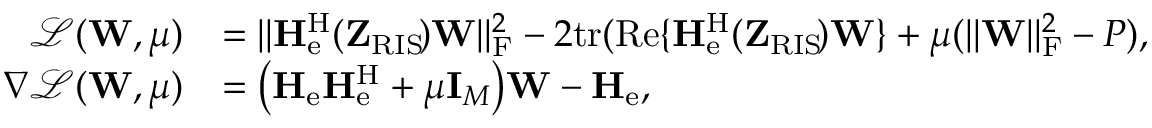
\begin{array} { r l } { \mathcal { L } ( \mathbf { W } , \mu ) } & { = \| \mathbf { H } _ { \mathrm { e } } ^ { \mathrm { H } } ( \mathbf { Z } _ { \mathrm { R I S } } \! ) \mathbf { W } \| _ { \mathrm { F } } ^ { 2 } - 2 \mathrm { t r } ( \mathrm { R e } \{ \mathbf { H } _ { \mathrm { e } } ^ { \mathrm { H } } ( \mathbf { Z } _ { \mathrm { R I S } } \! ) \mathbf { W } \} + \mu ( \| \mathbf { W } \| _ { \mathrm { F } } ^ { 2 } - P ) , } \\ { \nabla \mathcal { L } ( \mathbf { W } , \mu ) } & { = \big ( \mathbf { H } _ { \mathrm { e } } \mathbf { H } _ { \mathrm { e } } ^ { \mathrm { H } } + \mu \mathbf { I } _ { M } \big ) \mathbf { W } - \mathbf { H } _ { \mathrm { e } } , } \end{array}